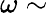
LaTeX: \omega\sim